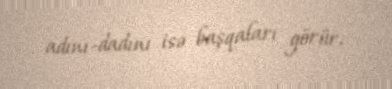
adını-dadını isə başqaları görür.